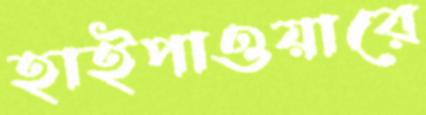
হাইপাওয়ারে